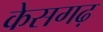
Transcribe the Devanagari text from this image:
केसगढ़